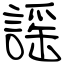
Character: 謡